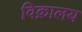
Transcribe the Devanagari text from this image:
विक्रालय